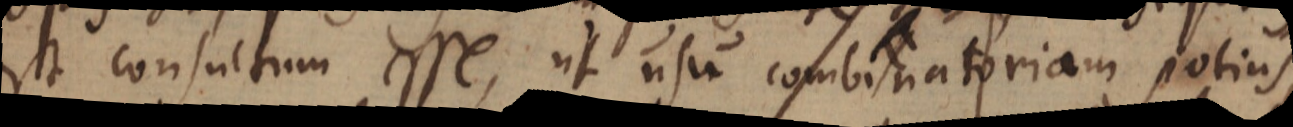
est consultum esse, ut usu combinatoriam potius